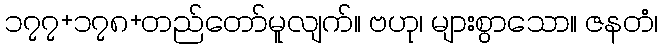
၁၇၇+၁၇၈+တည်တော်မူလျက်။ ဗဟု၊ များစွာသော။ ဇနတံ၊